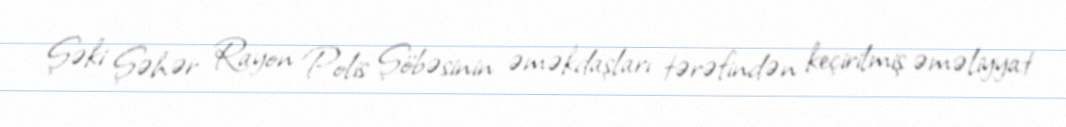
Şəki Şəhər Rayon Polis Şöbəsinin əməkdaşları tərəfindən keçirilmiş əməliyyat